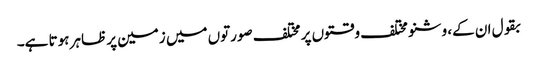
بقول ان کے، وشنو مختلف وقتوں پر مختلف صورتوں میں زمین پر ظاہر ہوتا ہے۔